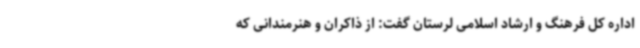
اداره کل فرهنگ و ارشاد اسلامی لرستان گفت: از ذاکران و هنرمندانی که